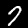
Digit: 7